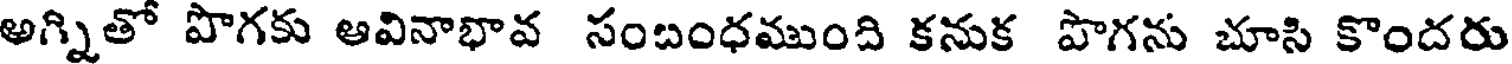
అగ్నితో పొగకు ఆవినాభావ సంబంధముంది కనుక పొగను చూసి కొందరు